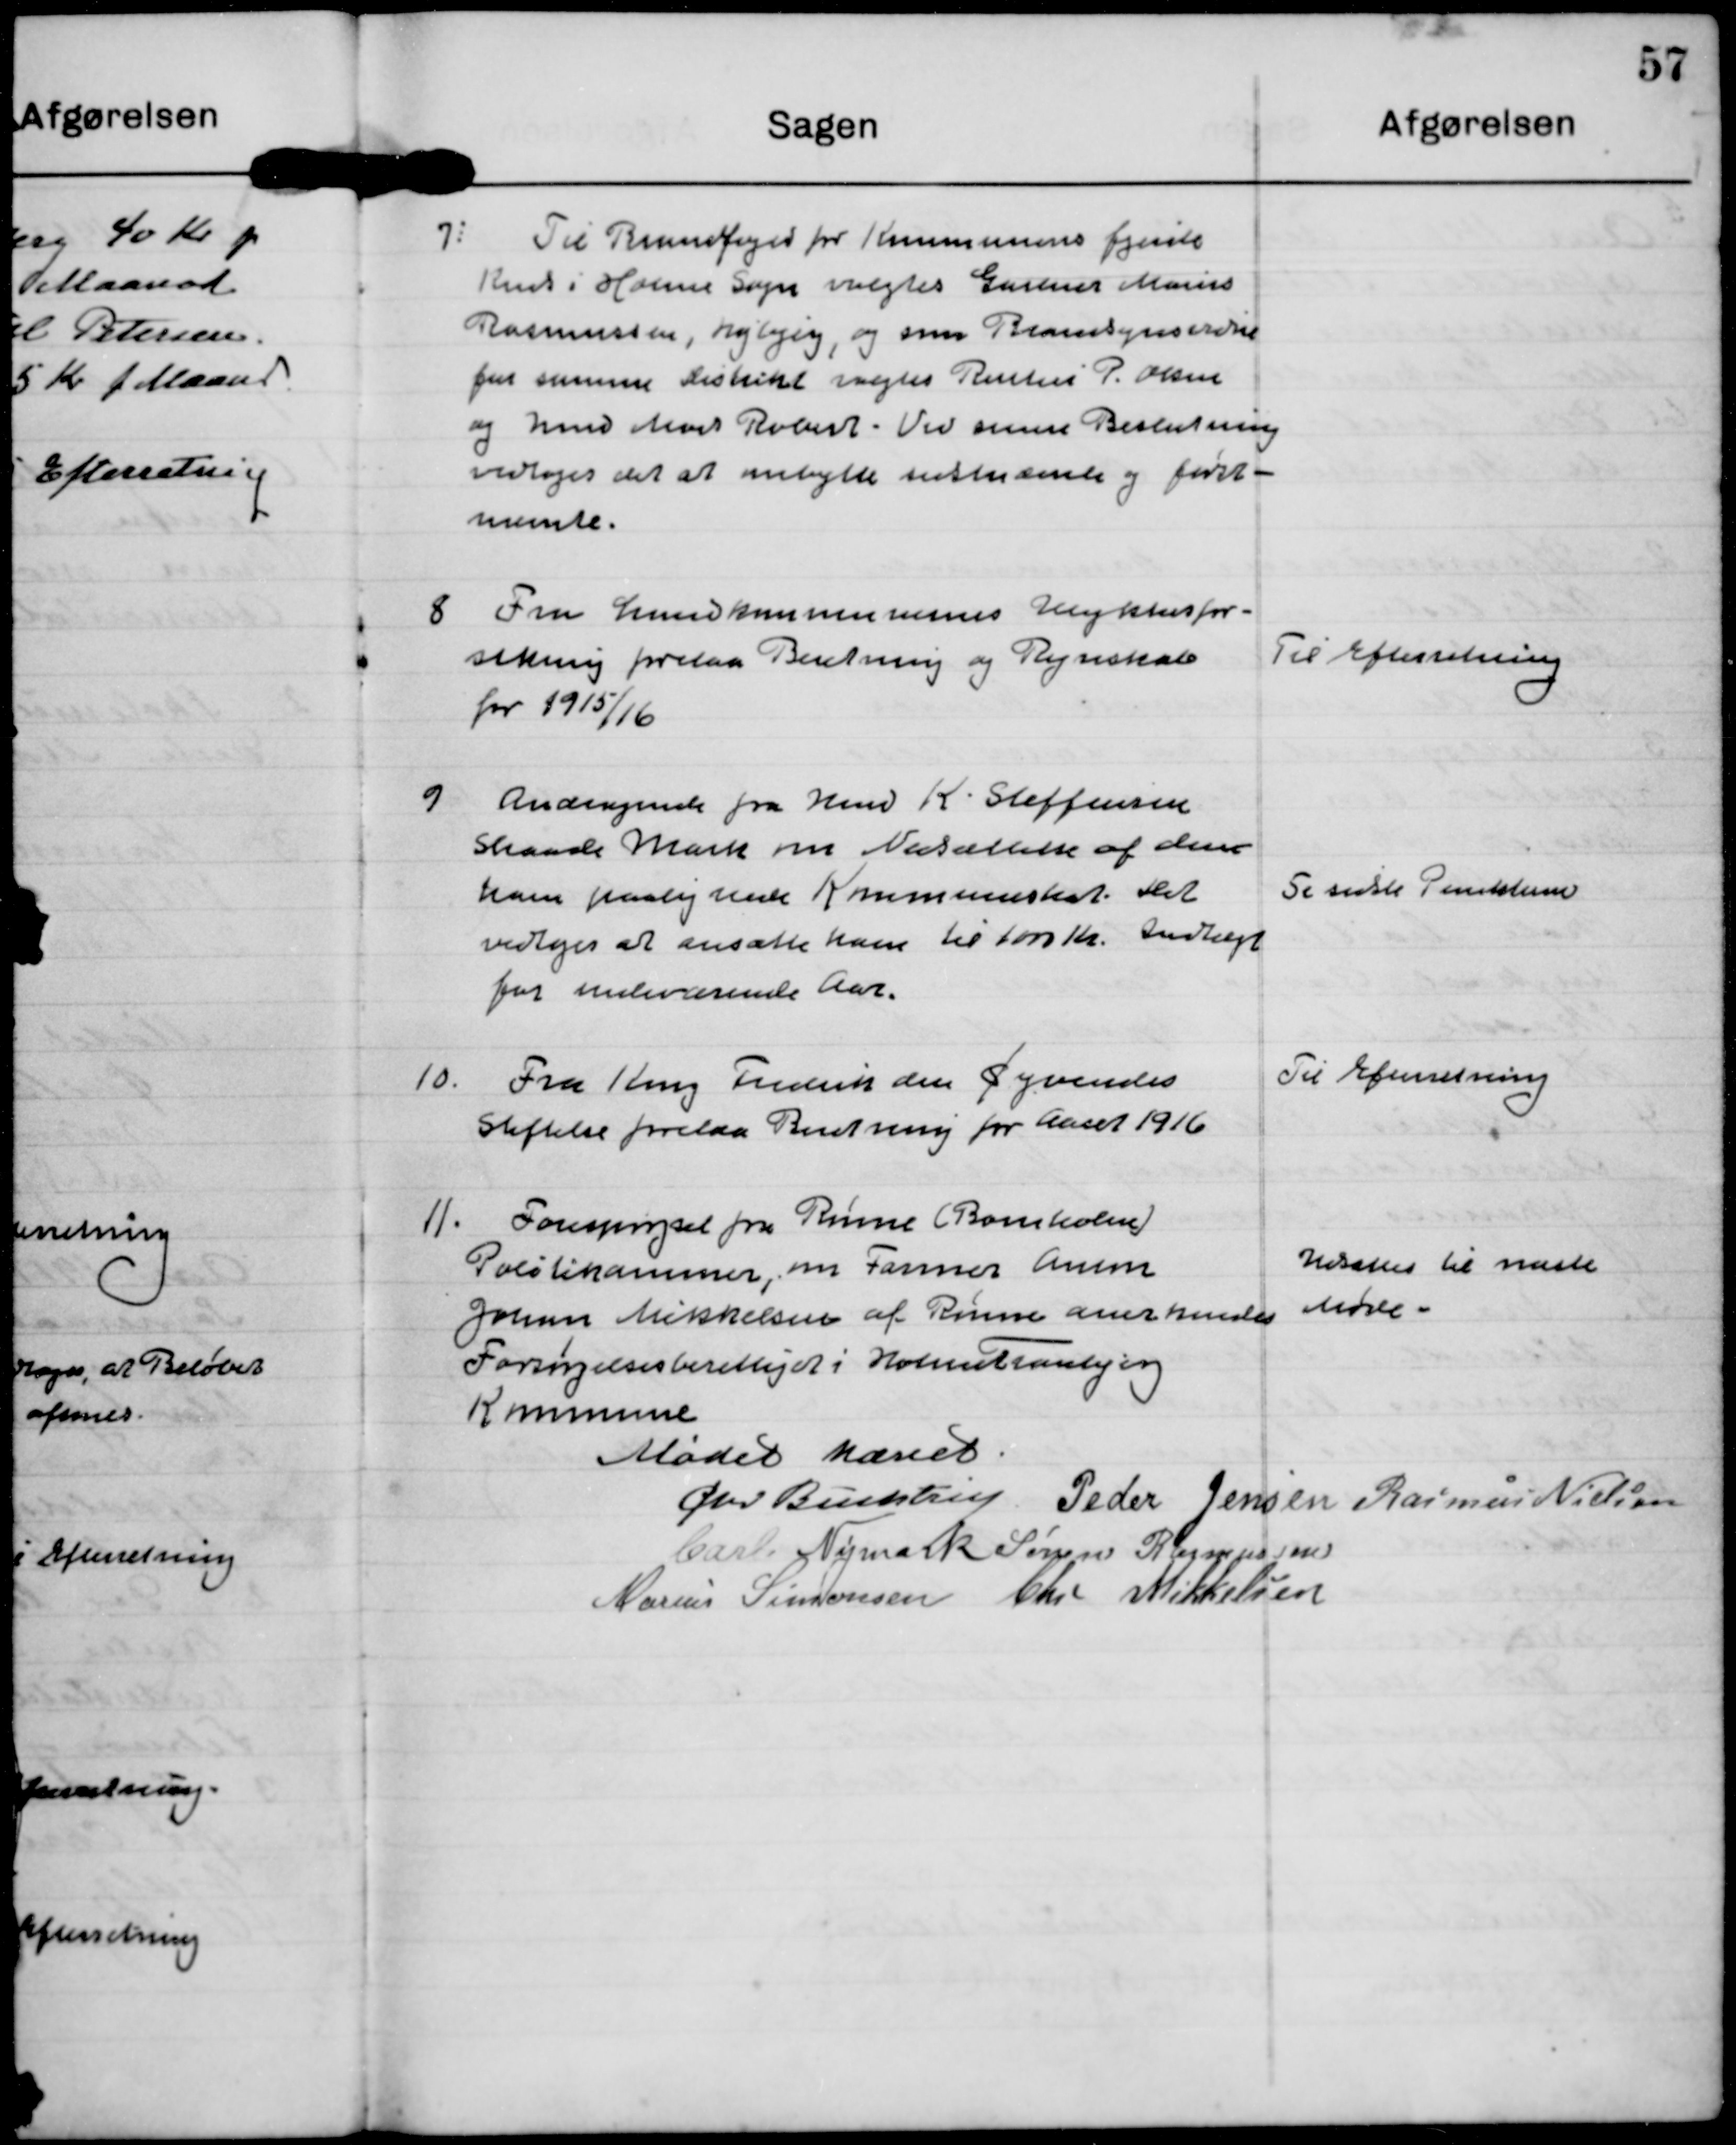
Transskription:
7: Til Brandfoged for Kommunens fjerde
Kreds i Holme Sogn valgtes Gartner Marius
Rasmussen, Højbjerg, og som Brandsynsvidne
for samme Distrikt valgtes Rentier P. Olsen
og Hmd Mads Roland. Ved samme Beslutning
vedtoges det at ombytte sidstnævnte og først-
nævnte.

8 Fra Landkommunernes Ulykkesfor-
sikring forelaa Beretning og Regnskab
for 1915/16

Til Efterretning

9 Andragende fra Hmd K Steffensen
Skaade Mark om Nedsættelse af den
ham paalignede Kommuneskat. Det
vedtoges at ansætte ham til 1000 Kr Indtægt
for indeværende Aar.

Se sidste Punktum

10. Fra Kong Frederik den Syvendes
Stiftelse forelaa Beretning for Aarhus 1916

Til Efterretning

11. Forespørgsel fra Rønne (Bornholm)
Politikammer, om Farmer Anton
Johan Mikkelsen af Rønne anerkendes
Forsørgelsesberettiget i HolmeTranbjerg
Kommune

Udsættes til næste
møde.

Mødet hævet

Chr Buchtrup

Peder Jensen

Rasmus Nielsen

Carl Nymark

Søren Rasmussen

Marius Simonsen

Chr Mikkelsen